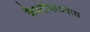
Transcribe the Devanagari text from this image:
कैपटोपाध्याय